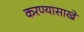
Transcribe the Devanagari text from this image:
करण्यासाखे